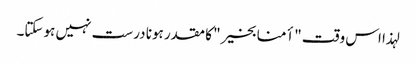
لہذا اس وقت "أمنا بخیر" کا مقدر ہونا درست نہیں ہوسکتا۔